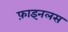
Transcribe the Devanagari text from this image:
फ़ाइनलस